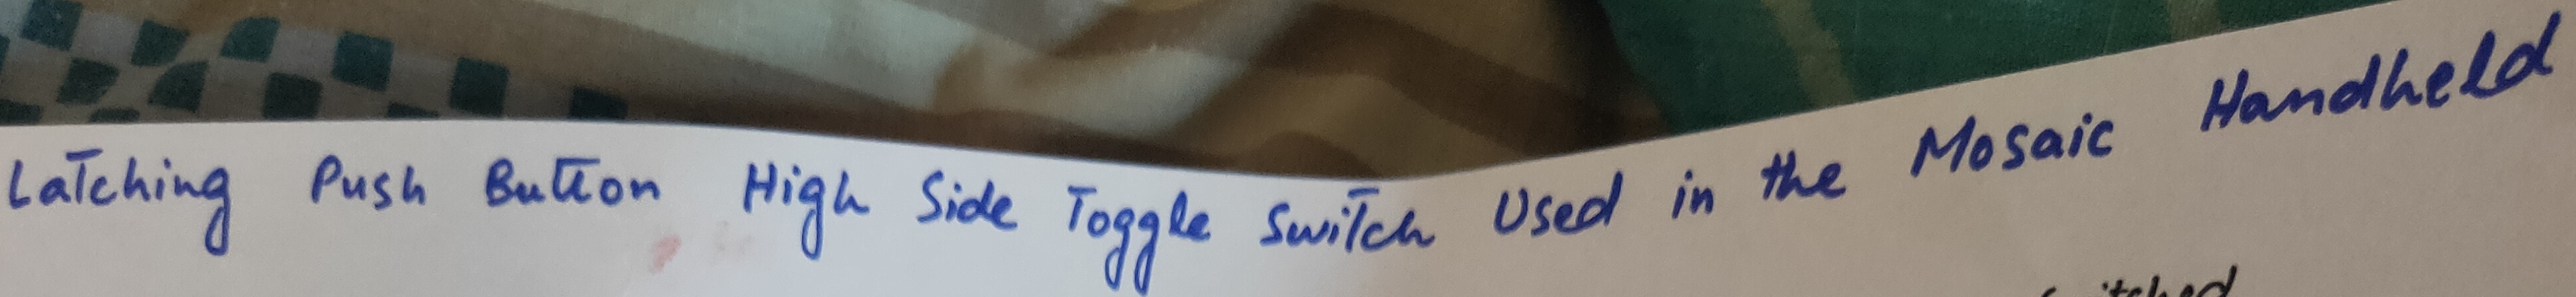
Text: Latching Push Button High Side Toggle Switch Used in the Mosaic Handheld